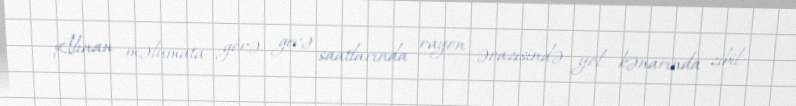
Alınan məlumata görə, gecə saatlarında rayon ərazisində yol kənarında zibil